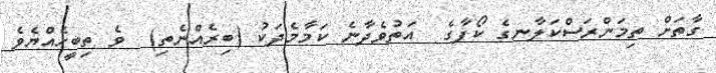
ގާތަށް ތިމަންރަސްކަލާނގެ ކޯފާގެ  އަތުވެދާނެ ކަމާމެދަކު (ބިރެއްނެތި)  ވެ ތިބީހެއްޔެވެ